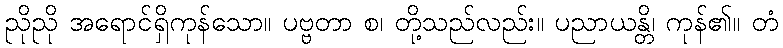
ညိုညို အရောင်ရှိကုန်သော။ ပဗ္ဗတာ စ၊ တို့သည်လည်း။ ပညာယန္တိ၊ ကုန်၏။ တံ